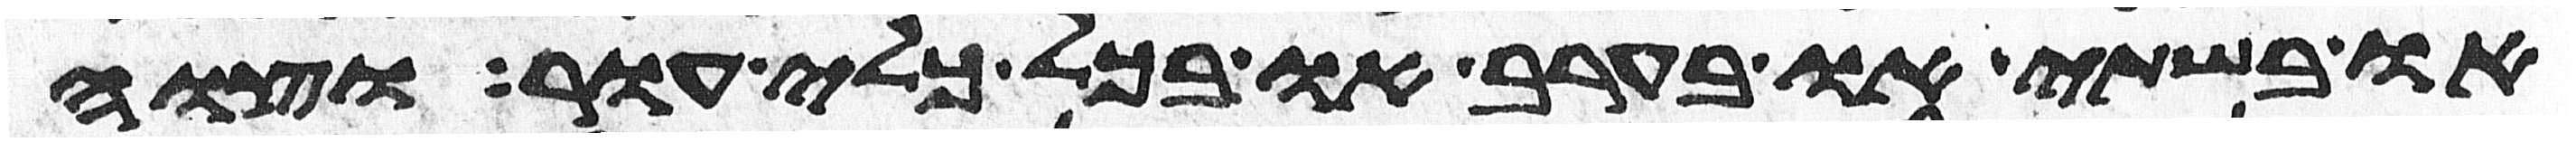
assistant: או בשתי או בערב או בכל כלי עור וצוה